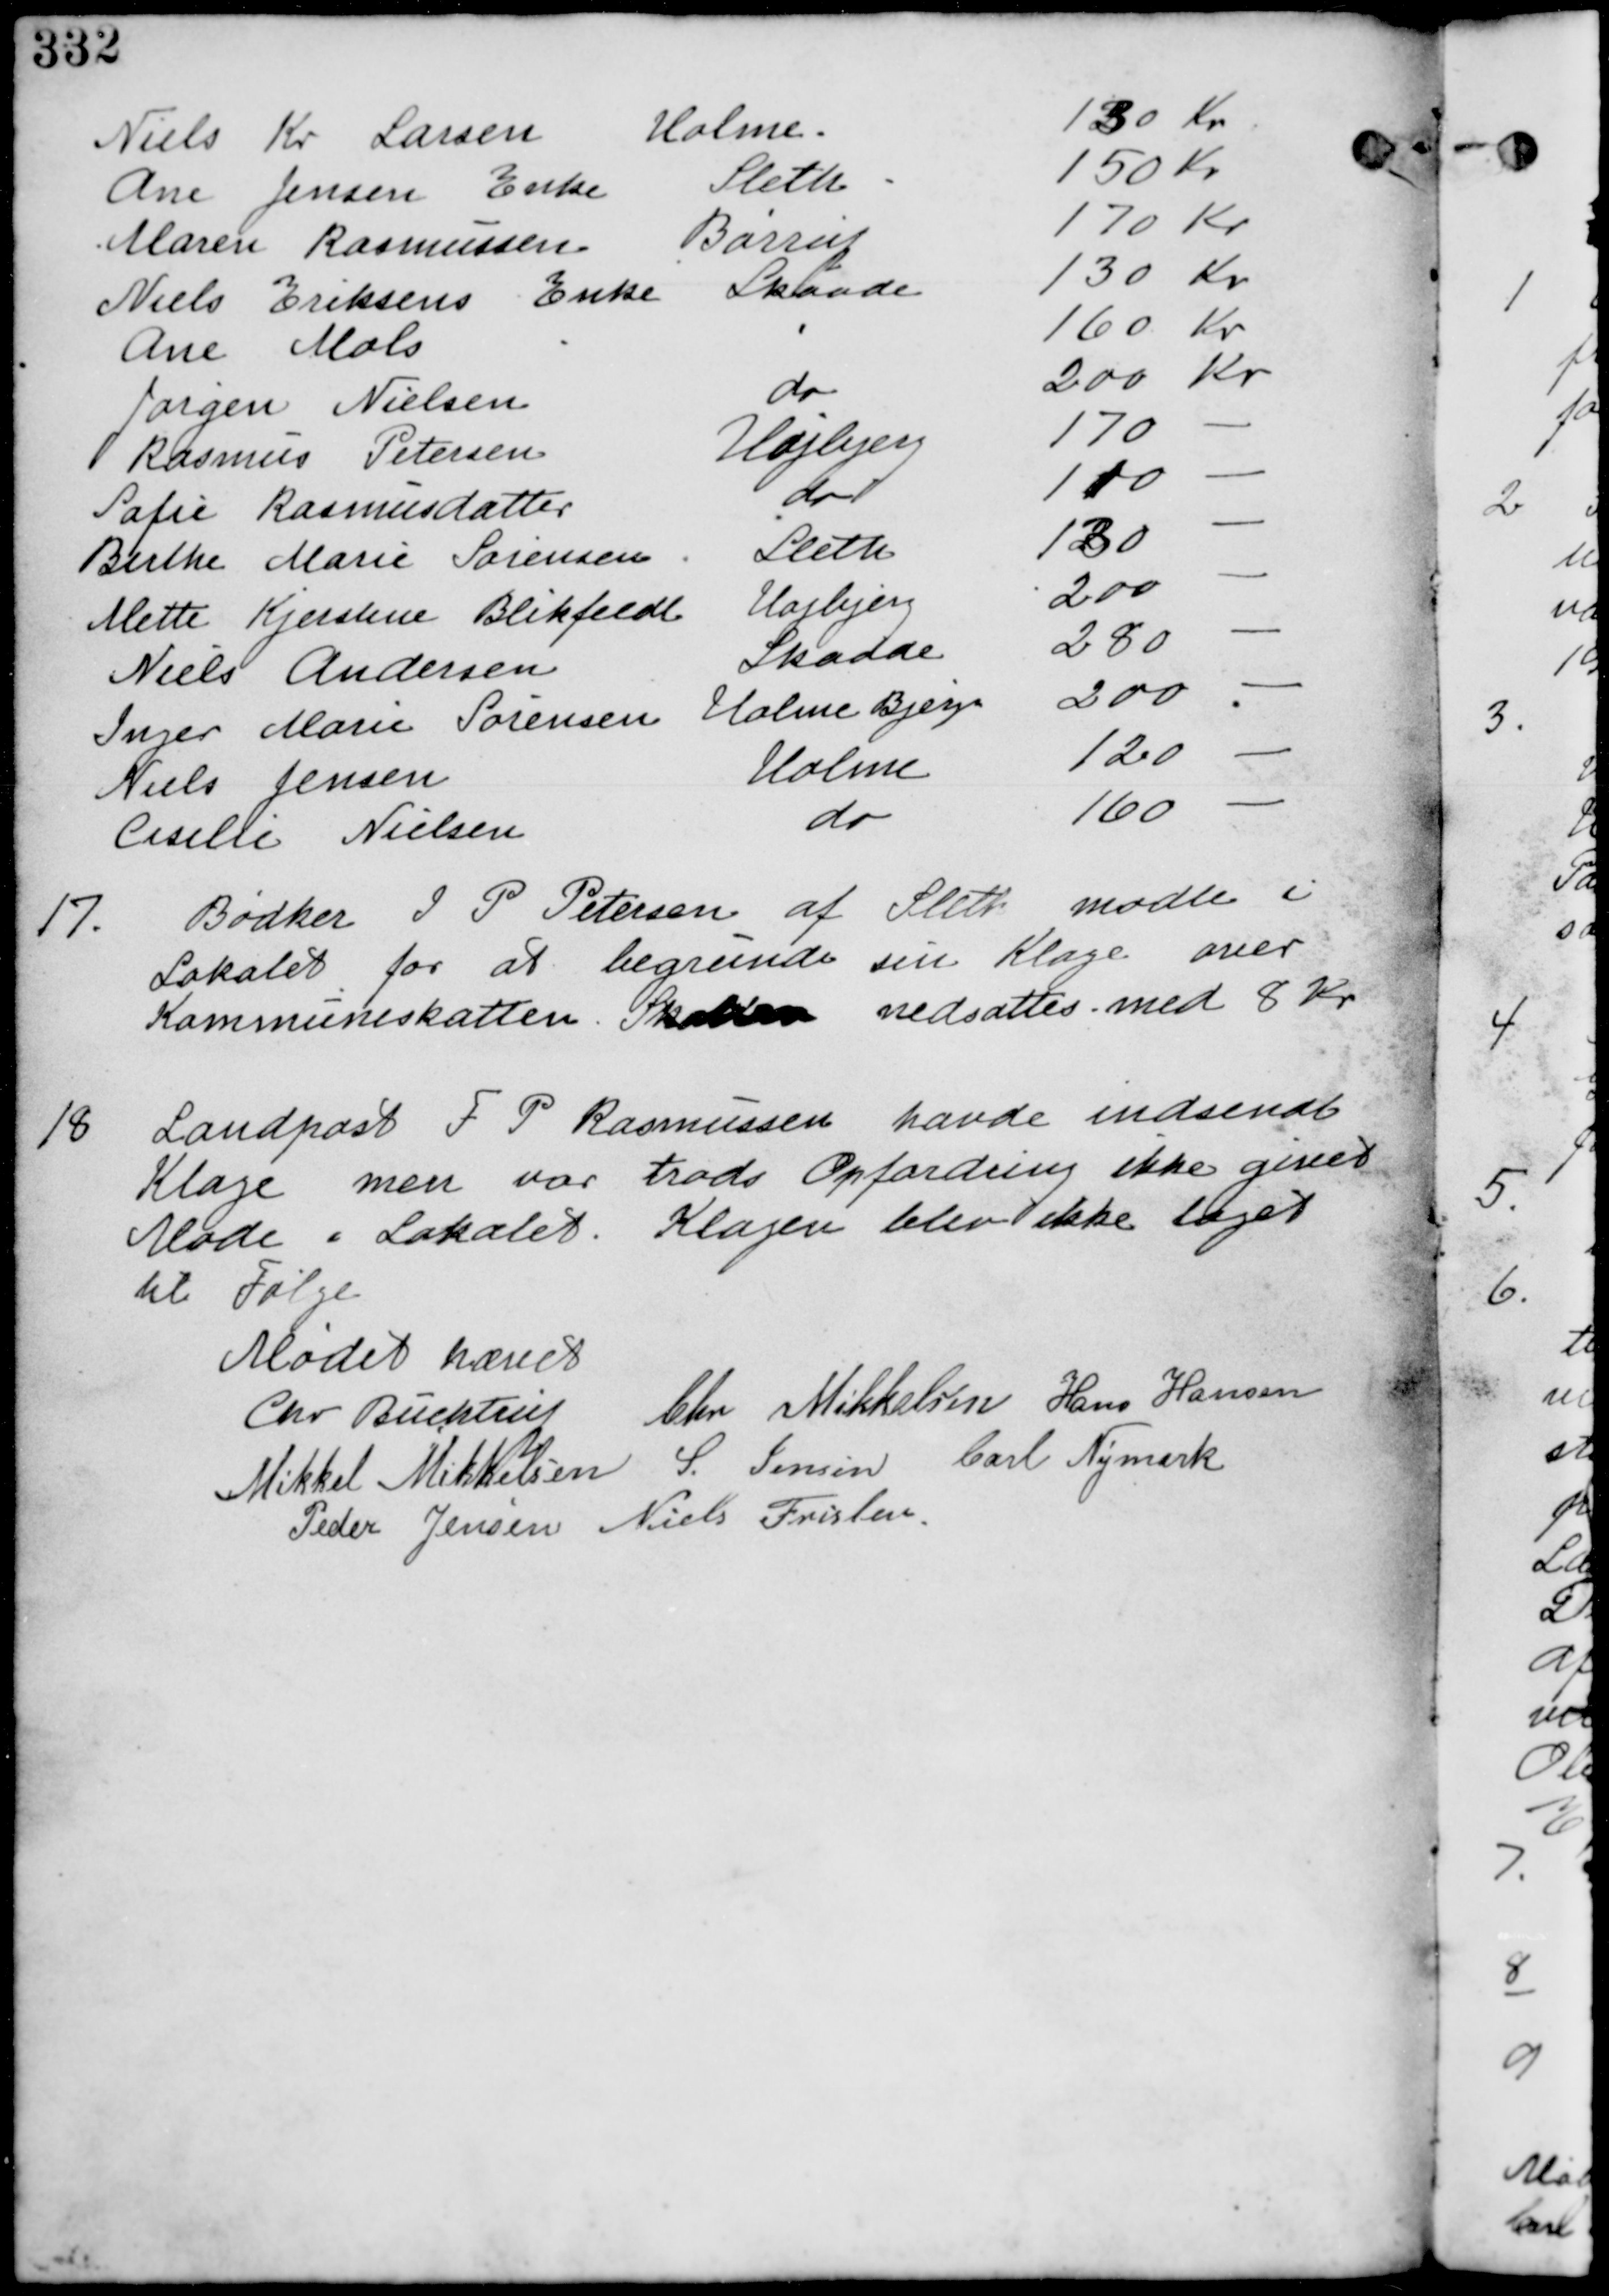
Transskription:
Niels Kr Larsen Holme 130 Kr
Ane Jensen Enke Sleth 150 Kr
Maren Rasmussen Børrup 170 Kr
Niels Eriksens Enke Skaade 130 Kr
Ane Mols " " 160 Kr
Jørgen Nielsen do 200 Kr
Rasmus Petersen Højbjerg 170 -
Sofie Rasmusdatter do 110 -
Birthe Marie Sørensen Sleth 130 -
Mette Kjerstine Blikfeldt Højbjerg 200 -
Niels Andersen Skaade   280  -
Inger Marie Sørensen  Holme Bjerge   200  -
Niels Jensen  Holme   120  -
Cecilie Nielsen   do   160  -

17.
Bødker I P Petersen af Sleth mødtes i
Lokalet for at begrunde sin Klage over
Kommuneskatten. Skatten nedsættes med 8 Kr.

18. Landpost F P Rasmussen havde indsendt
Klage men var trods Opfordring ikke givet
Møde i Lokalet. Klagen blev ikke taget
til Følge.

Mødet hævet

Chr Buchtrup Chr Mikkelsen Hans Hansen

Mikkel Mikkelsen S. Jensen Carl Nymark

Peder Jensen Niels Frislev